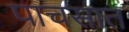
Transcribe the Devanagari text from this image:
पाचसात